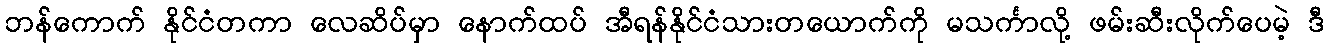
ဘန်ကောက် နိုင်ငံတကာ လေဆိပ်မှာ နောက်ထပ် အီရန်နိုင်ငံသားတယောက်ကို မသင်္ကာလို့ ဖမ်းဆီးလိုက်ပေမဲ့ ဒီ